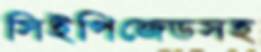
সিইপিজেডসহ